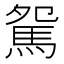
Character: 駌